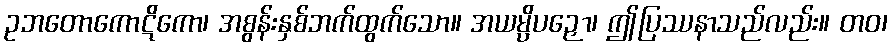
ဥဘတောကောဋိကော၊ အစွန်းနှစ်ဘက်ထွက်သော။ အယမ္ပိပဉှော၊ ဤပြဿနာသည်လည်း။ တဝ၊